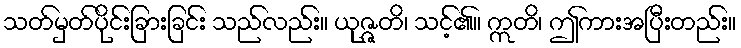
သတ်မှတ်ပိုင်းခြားခြင်း သည်လည်း။ ယုဇ္ဇတိ၊ သင့်၏။ ဣတိ၊ ဤကားအပြီးတည်း။